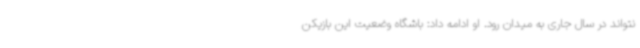
نتواند در سال جاری به میدان رود. او ادامه داد: باشگاه وضعیت این بازیکن